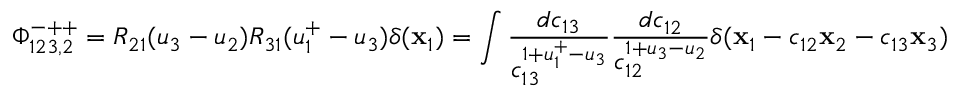
\Phi _ { 1 2 3 , 2 } ^ { - + + } = R _ { 2 1 } ( u _ { 3 } - u _ { 2 } ) R _ { 3 1 } ( u _ { 1 } ^ { + } - u _ { 3 } ) \delta ( \mathbf { x } _ { 1 } ) = \int \frac { d c _ { 1 3 } } { c _ { 1 3 } ^ { 1 + u _ { 1 } ^ { + } - u _ { 3 } } } \frac { d c _ { 1 2 } } { c _ { 1 2 } ^ { 1 + u _ { 3 } - u _ { 2 } } } \delta ( \mathbf { x } _ { 1 } - c _ { 1 2 } \mathbf { x } _ { 2 } - c _ { 1 3 } \mathbf { x } _ { 3 } )